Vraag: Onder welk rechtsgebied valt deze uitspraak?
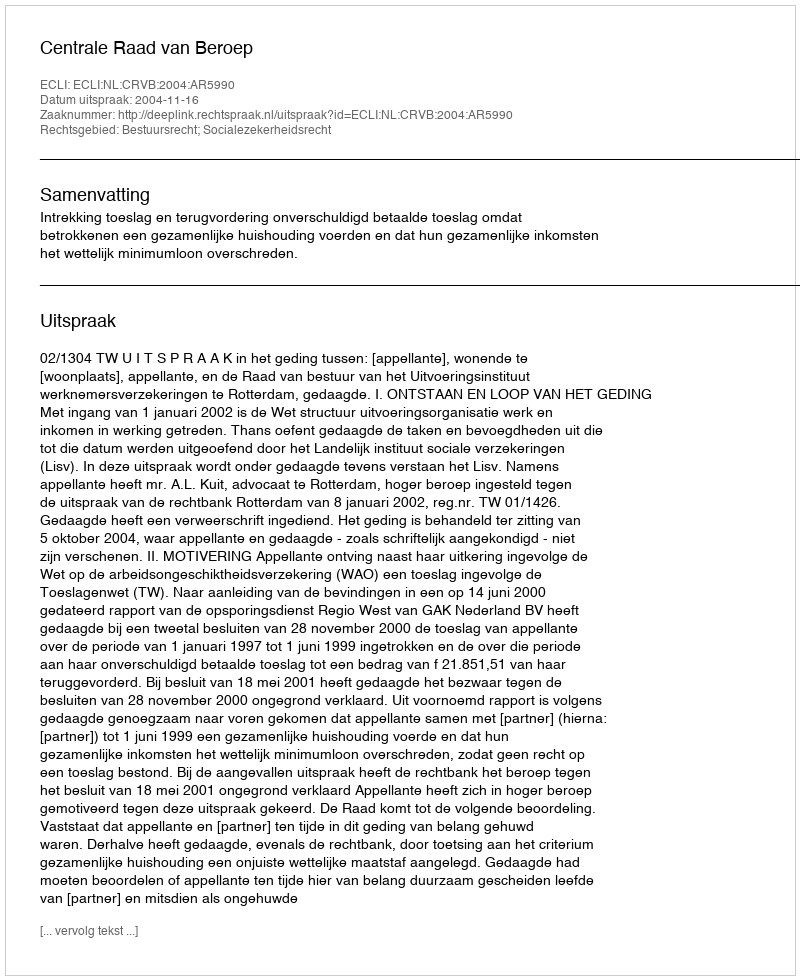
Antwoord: Bestuursrecht; Socialezekerheidsrecht